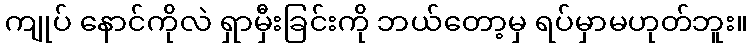
ကျုပ် နောင်ကိုလဲ ရှာမှီးခြင်းကို ဘယ်တော့မှ ရပ်မှာမဟုတ်ဘူး။